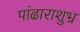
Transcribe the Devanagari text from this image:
पांढाराशुभ्र